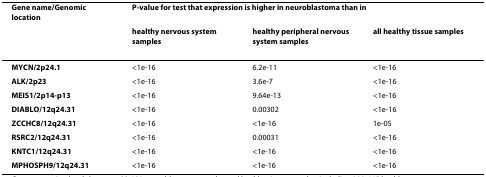
<table><thead><tr><td><b>Gene name/Genomic location</b></td><td colspan="3"><b>P-value for test that expression is higher in neuroblastoma than in</b></td></tr><tr><td></td><td><b>healthy nervous system samples</b></td><td><b>healthy peripheral nervous system samples</b></td><td><b>all healthy tissue samples</b></td></tr></thead><tbody><tr><td><b><i>MYCN</i>/2p24.1</b></td><td>&lt;1e-16</td><td>6.2e-11</td><td>&lt;1e-16</td></tr><tr><td><b><i>ALK</i>/2p23</b></td><td>&lt;1e-16</td><td>3.6e-7</td><td>&lt;1e-16</td></tr><tr><td><b><i>MEIS1</i>/2p14-p13</b></td><td>&lt;1e-16</td><td>9.64e-13</td><td>&lt;1e-16</td></tr><tr><td><b><i>DIABLO</i>/12q24.31</b></td><td>&lt;1e-16</td><td>0.00302</td><td>&lt;1e-16</td></tr><tr><td><b><i>ZCCHC8</i>/12q24.31</b></td><td>&lt;1e-16</td><td>&lt;1e-16</td><td>1e-05</td></tr><tr><td><b><i>RSRC2</i>/12q24.31</b></td><td>&lt;1e-16</td><td>0.00031</td><td>&lt;1e-16</td></tr><tr><td><b><i>KNTC1</i>/12q24.31</b></td><td>&lt;1e-16</td><td>&lt;1e-16</td><td>&lt;1e-16</td></tr><tr><td><b><i>MPHOSPH9</i>/12q24.31</b></td><td>&lt;1e-16</td><td>&lt;1e-16</td><td>&lt;1e-16</td></tr></tbody></table>